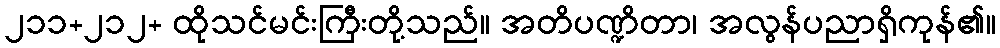
၂၁၁+၂၁၂+ ထိုသင်မင်းကြီးတို့သည်။ အတိပဏ္ဍိတာ၊ အလွန်ပညာရှိကုန်၏။